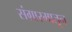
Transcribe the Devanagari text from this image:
संग्रारमातून